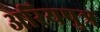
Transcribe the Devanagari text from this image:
अरियपुत्र